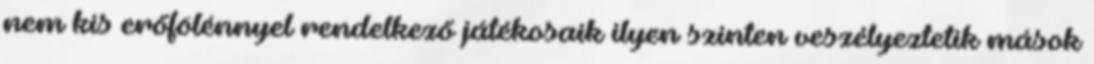
nem kis erőfölénnyel rendelkező játékosaik ilyen szinten veszélyeztetik mások